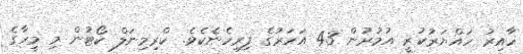
ހާއިރު ހައްޔަރުކުރީ އުމުރުން 43 އަހަރުގެ ފިރިހެނެކެވެ. ކްރިމިނަލް ކޯޓުން މި މީހާގެ